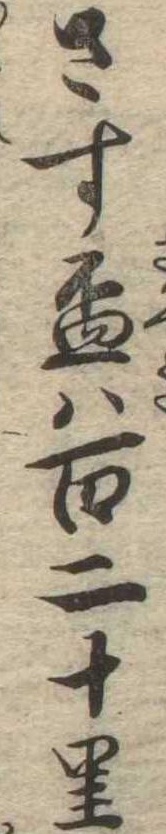
さす杯は百二十里